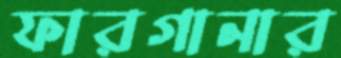
ফারগানার